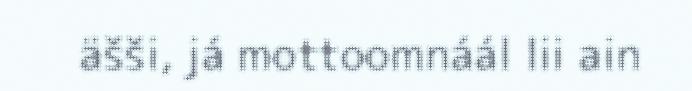
äšši, já mottoomnáál lii ain